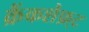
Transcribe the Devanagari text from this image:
क्रैंकशैफ़्ट